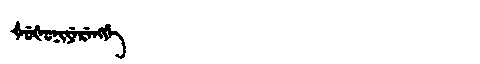
Manchu: ᡧᡠᡧᡠᠨᡳᠶᡝᡵᡝᠩᡤᡝ
Romanization: ŠUŠUNIYERENGGE